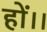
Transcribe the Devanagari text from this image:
हों।।